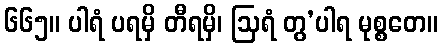
၆၆၅။ ပါရံ ပရမှိ တီရမှိ၊ ဩရံ တွ’ပါရ မုစ္စတေ။